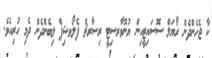
ކާ ޖެހެންދެން ރޯޔަލް ސޮސައިޓީއިން ޔުނޮވާރސިޓީ ރިސާރޗް ފެލޯވޝިޕް ލިބެންދެން ދެމި ހުރިއެވެ.